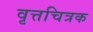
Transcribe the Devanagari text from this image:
वृत्तचित्रक